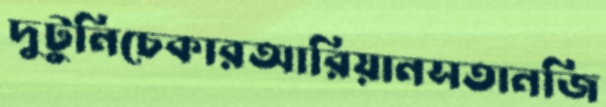
দুটুনিচেকারআরিয়ানসতানজি